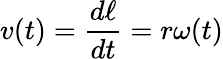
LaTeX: v(t)={\frac{d\ell}{dt}}=r\omega(t)